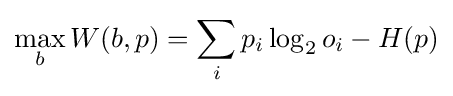
\max _{b}W(b,p)=\sum _{i}p_{i}\log _{2}o_{i}-H(p)